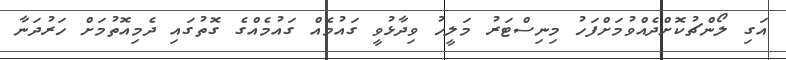
އަގި ލޯންޗުކޮށްދެއްވުމަށްފަހު މިނިސްޓަރު މަލީހު ވިދާޅުވީ ގައުމެއް ގައުމެއްގެ ގޮތުގައި ދެމިއޮތުމަށް ހަރުދަނާ